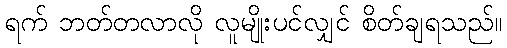
ရက် ဘတ်တလာလို လူမျိုးပင်လျှင် စိတ်ချရသည်။